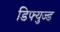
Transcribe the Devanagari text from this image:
डिफ्युज्ड